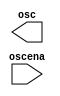
// megafunction wizard: %MAX II oscillator%VBB%
// GENERATION: STANDARD
// VERSION: WM1.0
// MODULE: altufm_osc 

// ============================================================
// Megafunction Name(s):
// 			altufm_osc
//
// Simulation Library Files(s):
// 			maxii
// ============================================================
// ************************************************************
// THIS IS A WIZARD-GENERATED FILE. DO NOT EDIT THIS FILE!
//
// 9.0 Build 132 02/25/2009 SJ Full Version
// ************************************************************

//Copyright (C) 1991-2009 Altera Corporation
//Your use of Altera Corporation's design tools, logic functions 
//and other software and tools, and its AMPP partner logic 
//functions, and any output files from any of the foregoing 
//(including device programming or simulation files), and any 
//associated documentation or information are expressly subject 
//to the terms and conditions of the Altera Program License 
//Subscription Agreement, Altera MegaCore Function License 
//Agreement, or other applicable license agreement, including, 
//without limitation, that your use is for the sole purpose of 
//programming logic devices manufactured by Altera and sold by 
//Altera or its authorized distributors.  Please refer to the 
//applicable agreement for further details.

module internal_osc (
	oscena,
	osc)/* synthesis synthesis_clearbox = 1 */;

	input	  oscena;
	output	  osc;

endmodule

// ============================================================
// CNX file retrieval info
// ============================================================
// Retrieval info: PRIVATE: INTENDED_DEVICE_FAMILY STRING "MAX II"
// Retrieval info: PRIVATE: INTENDED_DEVICE_PART STRING ""
// Retrieval info: PRIVATE: INTERFACE_CHOICE NUMERIC "4"
// Retrieval info: PRIVATE: SYNTH_WRAPPER_GEN_POSTFIX STRING "0"
// Retrieval info: PRIVATE: VERSION_NUMBER NUMERIC "0"
// Retrieval info: CONSTANT: OSC_FREQUENCY NUMERIC "180000"
// Retrieval info: USED_PORT: osc 0 0 0 0 OUTPUT NODEFVAL osc
// Retrieval info: USED_PORT: oscena 0 0 0 0 INPUT NODEFVAL oscena
// Retrieval info: CONNECT: @oscena 0 0 0 0 oscena 0 0 0 0
// Retrieval info: CONNECT: osc 0 0 0 0 @osc 0 0 0 0
// Retrieval info: GEN_FILE: TYPE_NORMAL internal_osc.v TRUE
// Retrieval info: GEN_FILE: TYPE_NORMAL internal_osc.inc FALSE
// Retrieval info: GEN_FILE: TYPE_NORMAL internal_osc.cmp FALSE
// Retrieval info: GEN_FILE: TYPE_NORMAL internal_osc.bsf TRUE FALSE
// Retrieval info: GEN_FILE: TYPE_NORMAL internal_osc_inst.v TRUE
// Retrieval info: GEN_FILE: TYPE_NORMAL internal_osc_bb.v TRUE
// Retrieval info: LIB_FILE: maxii